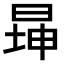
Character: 𬀾